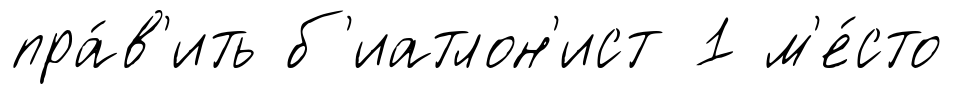
пра́в'ить б'иатлон'ист 1 м'е́сто